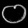
Digit: ၀